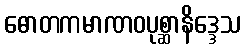
ဓောတကမာဏဝပုစ္ဆာနိဒ္ဒေသ